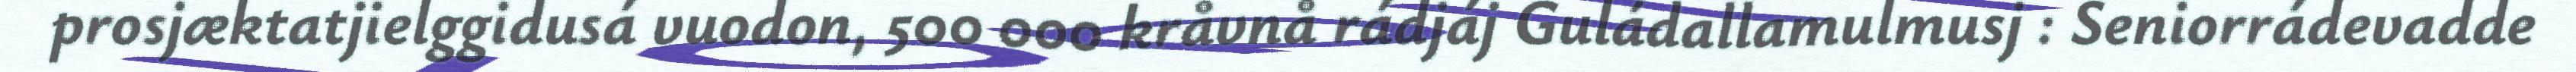
prosjæktatjielggidusá vuodon, 500 000 kråvnå rádjáj Guládallamulmusj : Seniorrádevadde